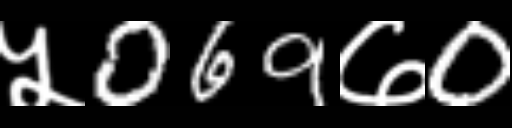
Text: ५069७0